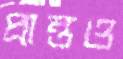
প্রান্তও